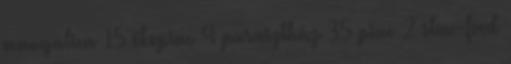
mangalica 15 ökopiac 4 parasztház 35 piac 2 slow-food